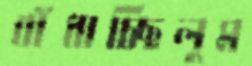
বাঁধাচ্ছিলুম